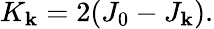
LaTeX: K_{\mathbf{k}}=2(J_{0}-J_{\mathbf{k}}).